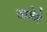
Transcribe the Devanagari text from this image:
ताकेरे